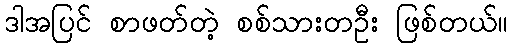
ဒါအပြင် စာဖတ်တဲ့ စစ်သားတဦး ဖြစ်တယ်။